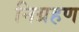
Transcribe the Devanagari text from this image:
निग्रहण